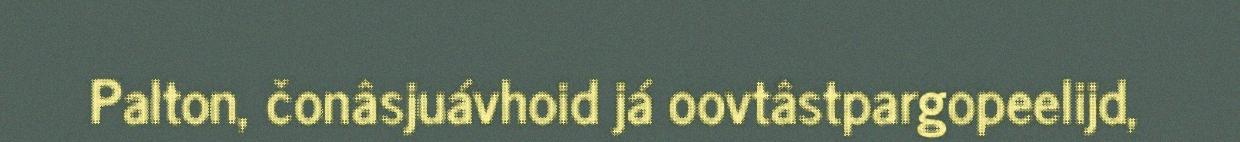
Palton, čonâsjuávhoid já oovtâstpargopeelijd,